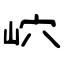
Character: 岤